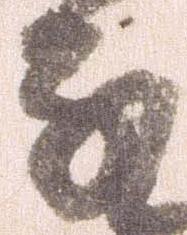
な